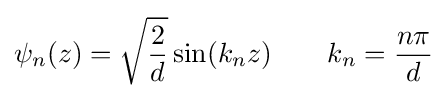
\psi _{n}(z)={\sqrt {\frac {2}{d}}}\sin(k_{n}z)\qquad k_{n}={\frac {n\pi }{d}}